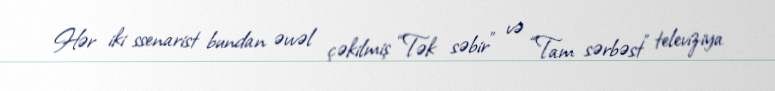
Hər iki ssenarist bundan əvvəl çəkilmiş “Tək səbir” və “Tam sərbəst” televiziya